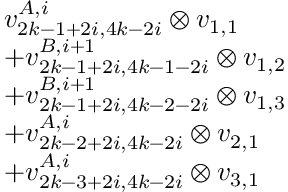
\begin{array} { r l } & { v _ { 2 k - 1 + 2 i , 4 k - 2 i } ^ { A , i } \otimes v _ { 1 , 1 } } \\ & { + v _ { 2 k - 1 + 2 i , 4 k - 1 - 2 i } ^ { B , i + 1 } \otimes v _ { 1 , 2 } } \\ & { + v _ { 2 k - 1 + 2 i , 4 k - 2 - 2 i } ^ { B , i + 1 } \otimes v _ { 1 , 3 } } \\ & { + v _ { 2 k - 2 + 2 i , 4 k - 2 i } ^ { A , i } \otimes v _ { 2 , 1 } } \\ & { + v _ { 2 k - 3 + 2 i , 4 k - 2 i } ^ { A , i } \otimes v _ { 3 , 1 } } \end{array}